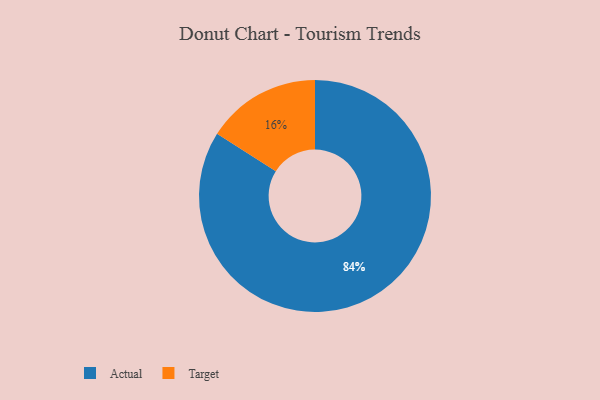
{"axis": {"x": "Category", "y": "Percentage"}, "legend": ["Actual", "Target"], "data": [{"x": "Actual", "y": 84, "type": "Actual"}, {"x": "Target", "y": 16, "type": "Target"}]}